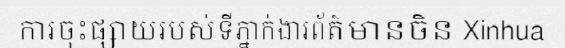
ការចុះផ្សាយរបស់ទីភ្នាក់ងារព័ត៌មានចិន Xinhua